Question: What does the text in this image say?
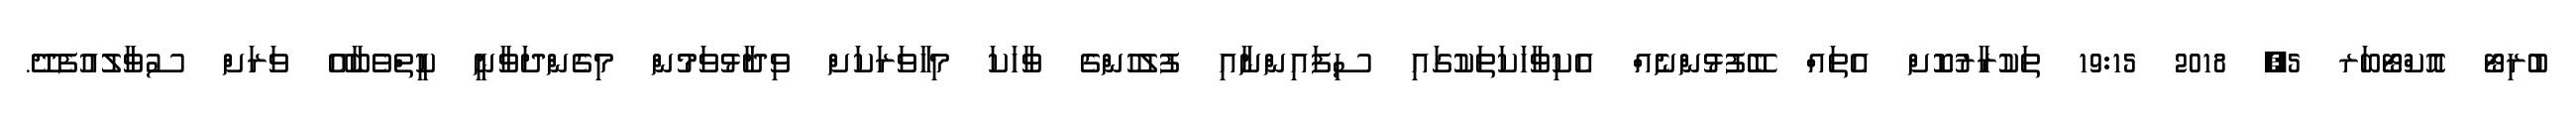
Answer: ބުރިޓޯ އޮކްޓޯބަރ 5, 2018 19:15 ތަކުރާރުކޮށް އެތައް ބޭފުޅުންނެއް އެކިވާހަކަތަކުގައި ސިފައިންނާއި ފުލުހުންގެ ވާހަކަ މިހާވަރަކަށް ވިދާޅުވަމުން މިގެންދަވާނީ ކީތްވެބާއޭ ވަރަށް ސުވާލުއުފެދޭ.